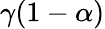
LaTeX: \gamma(1-\alpha)